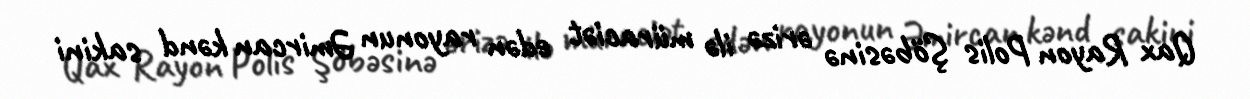
Qax Rayon Polis Şöbəsinə ərizə ilə müraciət edən rayonun Əmircan kənd sakini